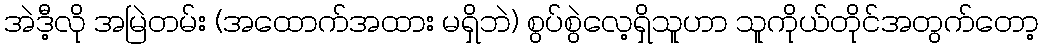
အဲဒီ့လို အမြဲတမ်း (အထောက်အထား မရှိဘဲ) စွပ်စွဲလေ့ရှိသူဟာ သူကိုယ်တိုင်အတွက်တော့